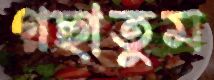
গছাতুম